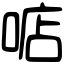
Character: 𠶧